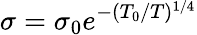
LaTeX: \sigma=\sigma_{0}e^{-(T_{0}/T)^{1/4}}